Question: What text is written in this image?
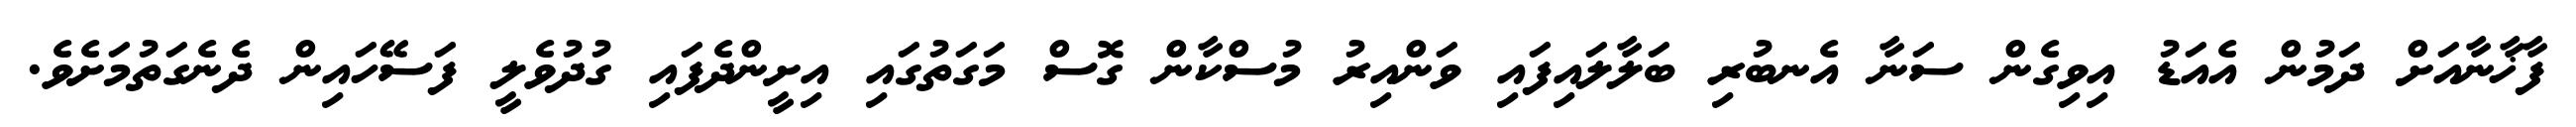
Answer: ފާޚާނާއަށް ދަމުން އެއަޑު އިވިގެން ސަނާ އެނބުރި ބަލާލައިފައި ވަންއިރު މުސްކާން ގޮސް މަގަތުގައި އިށީންދެފައި ގުދުވެލީ ފަސޭހައިން ދެނެގަތުމަށެވެ.